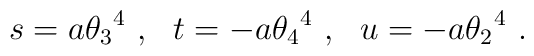
s = a {\theta_3}^4 \ , \ \  t= -a {\theta_4}^4\ , \ \ u = -a {\theta_2}^4 \ .